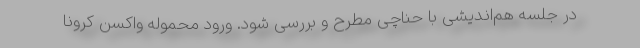
در جلسه هم‌اندیشی با حناچی مطرح و بررسی شود. ورود محموله واکسن کرونا